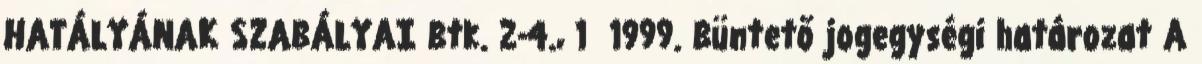
HATÁLYÁNAK SZABÁLYAI Btk. 2-4., 1 1999. Büntető jogegységi határozat A